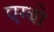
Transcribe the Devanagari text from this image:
एग्बो